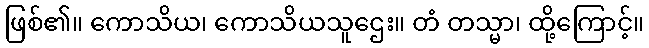
ဖြစ်၏။ ကောသိယ၊ ကောသိယသူဌေး။ တံ တသ္မာ၊ ထို့ကြောင့်။